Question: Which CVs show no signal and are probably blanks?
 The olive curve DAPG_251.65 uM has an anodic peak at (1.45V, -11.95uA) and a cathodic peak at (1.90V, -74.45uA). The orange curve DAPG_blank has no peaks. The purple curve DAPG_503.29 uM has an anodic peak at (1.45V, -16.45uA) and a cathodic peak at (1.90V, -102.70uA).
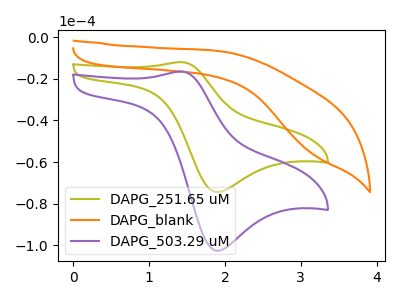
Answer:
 <answer>"DAPG_blank" is likely to be a blank.</answer>
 <eval>DAPG_blank</eval>